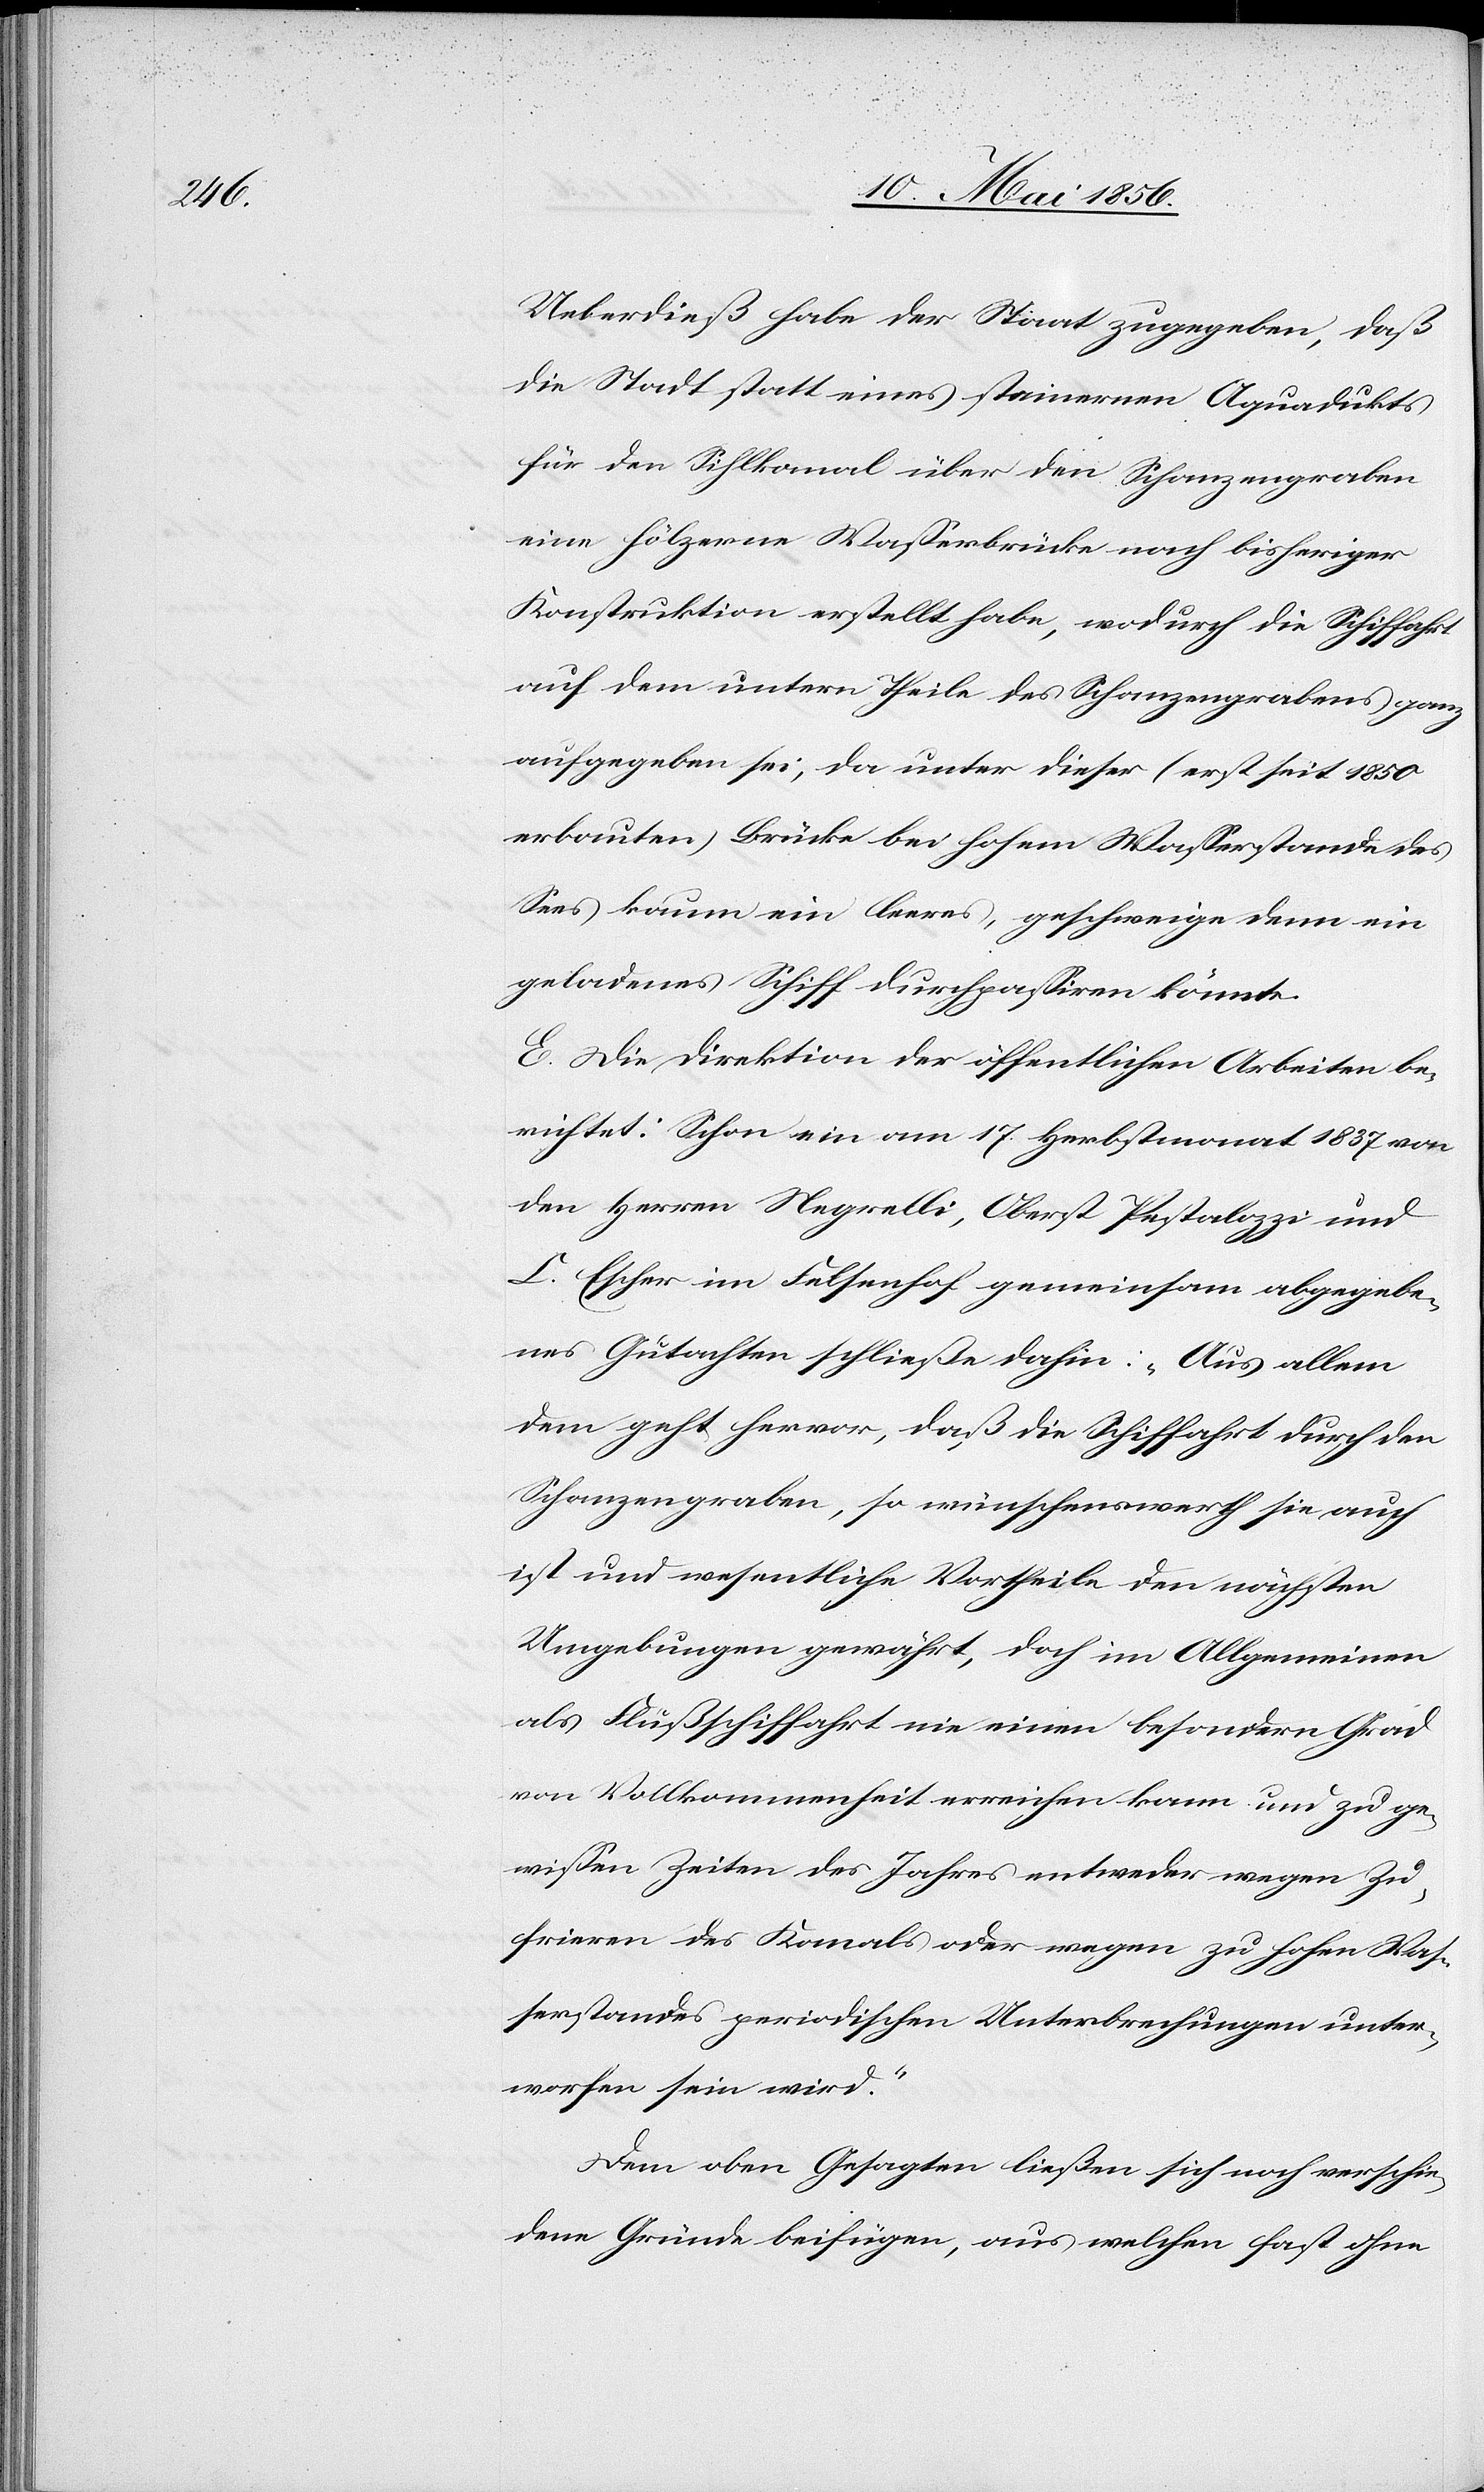
Ueberdieß habe der Staat zugegeben, das
die Stadt statt eines steinernen Aquadukts
für den Sihlkanal über den Schanzengraben
eine hölzerne Wasserbrücke nach bisheriger
Konstruktion erstellt habe, wodurch die Schiffahrt
auf dem untern Theile des Schanzengrabens ganz
aufgegeben sei, da unter dieser (erst seit 1850
erbauten) Brücke bei hohem Wasserstande des
Sees kaum ein leeres, geschweige denn ein
geladenes Schiff durchpassiren könnte.
E. Die Direktion der öffentlichen Arbeiten be¬
richtet: Schon ein am 17. Herbstmonat 1837 von
den Herren Negrelli, Oberst Pestalozzi und
C. Escher im Felsenhof gemeinsam abgegebe¬
nes Gutachten schließe dahin: „Aus allem
dem geht hervor, daß die Schiffahrt durch den
Schanzengraben, so wünschenswerth sie auch
ist und wesentliche Vortheile den nächsten
Umgebungen gewährt, doch im Allgemeinen
als Flußschiffahrt nie einen besondern Grad
von Vollkommenheit erreichen kann und zu ge¬
wissen Zeiten des Jahres entweder wegen Zu¬
frieren des Kanals oder wegen zu hohen Was¬
serstandes periodischen Unterbrechungen unter¬
worfen sein wird.“
Dem oben Gesagten ließen sich noch verschie¬
dene Gründe beifügen, aus welchen fast ohne